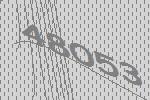
48053